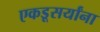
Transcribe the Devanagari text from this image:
एकडूसर्यांना